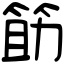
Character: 筯